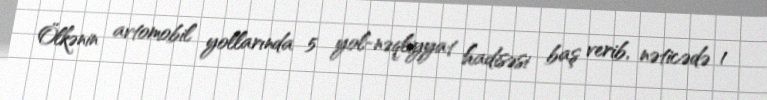
Ölkənin avtomobil yollarında 5 yol-nəqliyyat hadisəsi baş verib, nəticədə 1